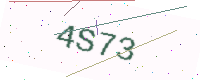
Text: 4S73